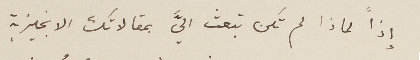
اذاً لماذا لم تكن تبعث اليَّ بمقالاتك الانجليزية